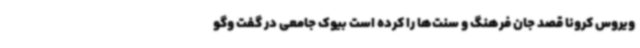
ویروس کرونا قصد جان فرهنگ و سنت‌ها را کرده است بیوک جامعی در گفت وگو